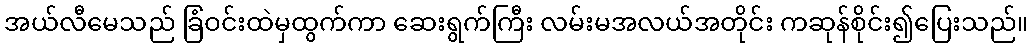
အယ်လီမေသည် ခြံဝင်းထဲမှထွက်ကာ ဆေးရွက်ကြီး လမ်းမအလယ်အတိုင်း ကဆုန်စိုင်း၍ပြေးသည်။